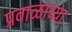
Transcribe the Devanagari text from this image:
प्रवाळाच्या